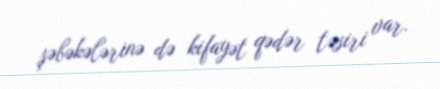
şəbəkələrinə də kifayət qədər təsiri var.